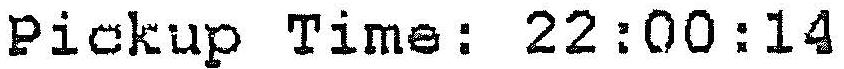
PICKUP TIME: 22:00:14